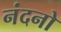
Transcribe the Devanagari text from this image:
नंदनो